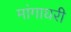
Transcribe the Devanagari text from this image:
मांगाघरी